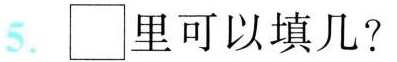
5.\Box 里可以填几?